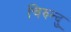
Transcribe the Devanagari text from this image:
चिरुन्दु